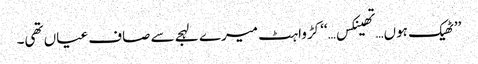
’’ٹھیک ہوں…تھینکس…‘‘ کڑواہٹ میرے لہجے سے صاف عیاں تھی۔